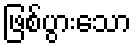
ဖြစ်ပွားသော